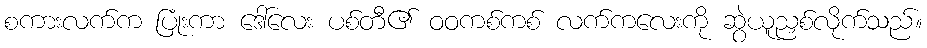
စကားလက်က ပြုံးကာ ဒေါ်လေး ပစ်တီ၏ ဝဝကစ်ကစ် လက်ကလေးကို ဆွဲယူညှစ်လိုက်သည်။